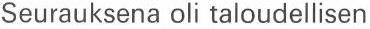
Seurauksena oli taloudellisen